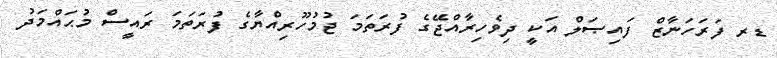
ޑރ ފަރަހަނާޒް ފައިޞަލް އަކީ ދިވެހިރާއްޖޭގެ ފުރަތަމަ ޖުމުހޫރިއްޔާގެ ފުރަތަމަ ރައީސް މުޙައްމަދު